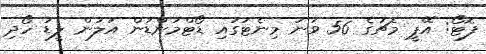
ފޮޓޯ: އޭޕީ މެޗުގެ 56 ވަނަ މިނެޓުގައި ޑޯޓްމަންޑުން އަލުން ލީޑު ހޯދި